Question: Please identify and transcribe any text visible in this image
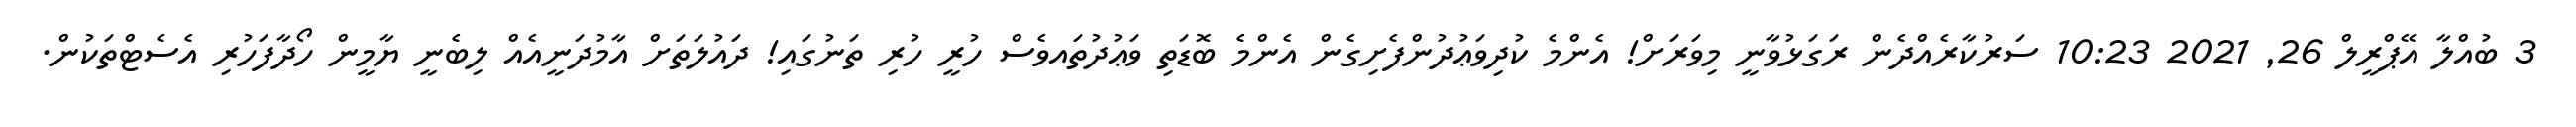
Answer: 3 ބުއްލާ އޭޕްރީލް 26, 2021 10:23 ސަރުކާރެއްދެން ރަގަޅުވާނީ މިވަރަށް! އެންމެ ކުދިވަޢުދުންފެށިގެން އެންމެ ބޮޑަތި ވަޢުދުތައވެސް ހުރީ ހުރި ތަނުގައި! ދައުލަތަށް އާމުދަނީއެއް ލިބެނީ ޔާމީން ހޯދާފަހުރި އެސެޓްތަކުން.